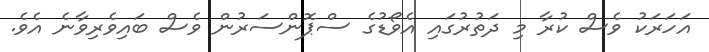
އަހަރަކު ވެސް ކުރާ މި ދަތުރުގައި އެވޯޑުގެ ސްޕޮންސަރުން ވެސް ބައިވެރިވާނެ އެވެ.